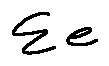
\sum e